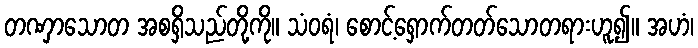
တဏှာသောတ အစရှိသည်တို့ကို။ သံဝရံ၊ စောင့်ရှောက်တတ်သောတရားဟူ၍။ အဟံ၊